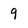
Character: 9